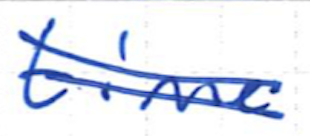
Text: time
Cross-out: double-line
Writing tool: ballpoint